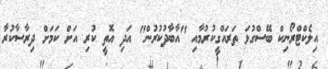
އިލެކްޓްރޯނިކް ބޭސްގުޅަ ތަރައްގީކުރުމާއި "އާބާދުކުރުން" އަދި އޮތީ ކުރި އަށް ކަމަށް ދިރާސާކުރާ